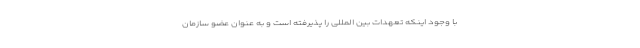
با وجود اینکه تعهدات بین المللی را پذیرفته است و به عنوان عضو سازمان